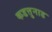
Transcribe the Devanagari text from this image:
कडत्तुनाड